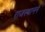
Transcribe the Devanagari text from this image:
राजस्थानने